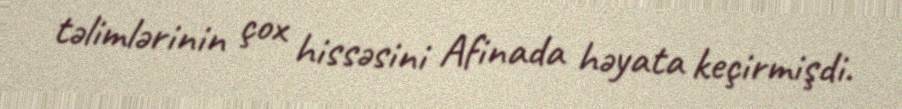
təlimlərinin çox hissəsini Afinada həyata keçirmişdi.